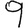
Digit: 9